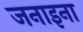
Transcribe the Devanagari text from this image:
जनाइना